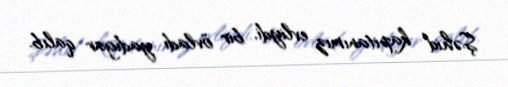
Şəhid kapitanımız evliydi, bir övladı yadigar qalıb.